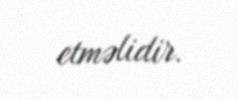
etməlidir.